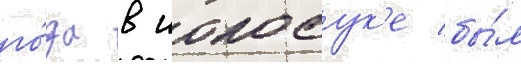
го́да в иокосук'е бы́л